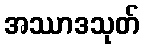
အဿာဒသုတ်